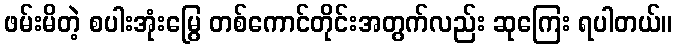
ဖမ်းမိတဲ့ စပါးအုံးမြွေ တစ်ကောင်တိုင်းအတွက်လည်း ဆုကြေး ရပါတယ်။